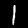
Digit: 1